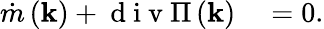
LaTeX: \begin{array}{rl}{\dot{m}\left(\mathbf{k}\right)+\mathrm{~d~i~v~}\Pi\left(\mathbf{k}\right)}&{{}=0.}\end{array}